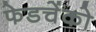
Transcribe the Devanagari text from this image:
फेडचेंको